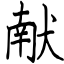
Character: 献